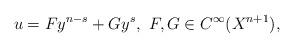
LaTeX: \begin{align*} u=Fy^{n-s}+Gy^s,\ F,G\in C^{\infty}(X^{n+1}), \end{align*}